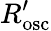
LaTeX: R_{\mathrm{{osc}}}^{\prime}